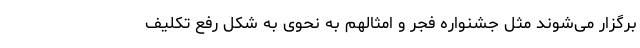
برگزار ‌می‌شوند مثل جشنواره فجر و امثالهم به نحوی به شکل رفع تکلیف